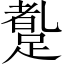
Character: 𲃼